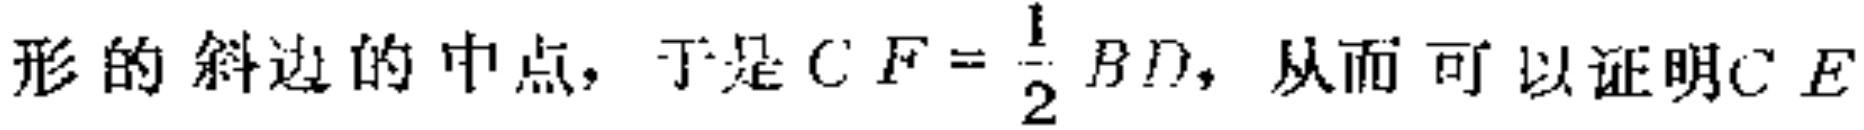
形的斜边的中点，于是\(CF = \frac{1}{2}BD\)，从而可以证明\(CE\)